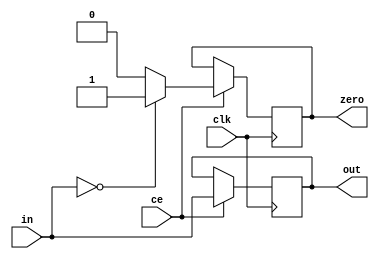
module a(ce, clk, in, out, zero);

parameter WIDTH = 4;

input ce, clk;
input [WIDTH-1:0] in;
output reg zero;
output reg [WIDTH-1:0] out;

initial begin
    out <= 16'd0;
    zero <= 0;
end

always @(negedge clk) begin
    if(ce) begin
        out <= in;
        zero <= (in == 0) ? 1 : 0;
    end
end

endmodule